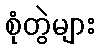
စုံတွဲများ